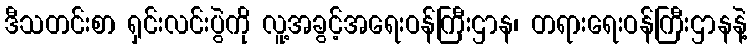
ဒီသတင်းစာ ရှင်းလင်းပွဲကို လူ့အခွင့်အရေးဝန်ကြီးဌာန၊ တရားရေးဝန်ကြီးဌာနနဲ့